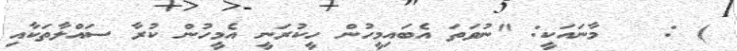
) : ٨٠ މާނައަކީ: "ނުވަތަ އެބައިމީހުން ހީކުރަނީ އެމީހުން ކުރާ ސައްލާތަކާއި